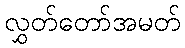
လွှတ်တော်အမတ်